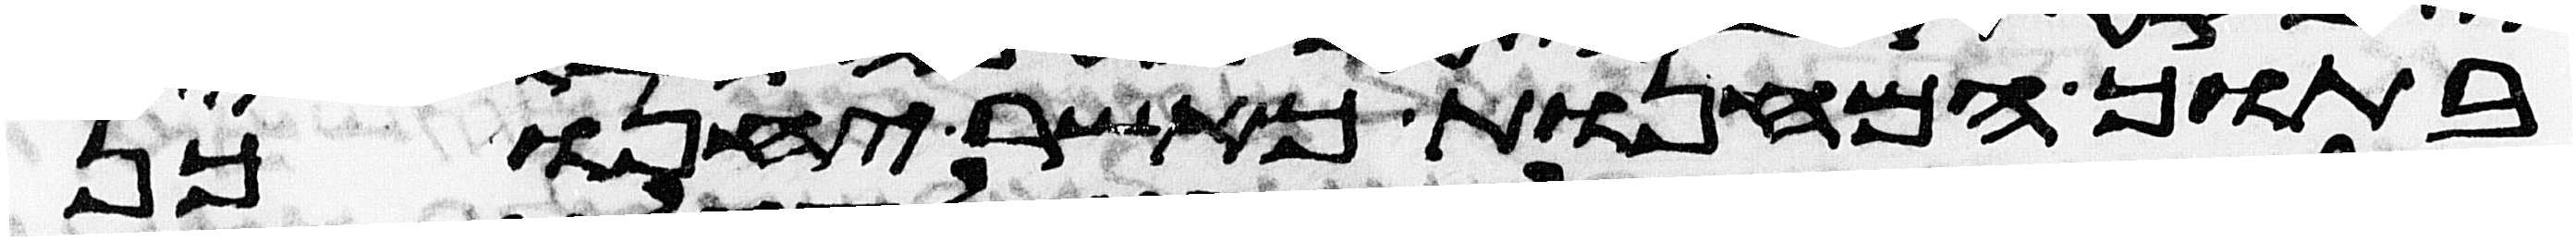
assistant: בתוך המחנות כאשר יחנו כן